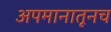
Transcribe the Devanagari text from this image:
अपमानातूनच